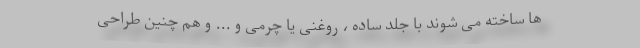
ها ساخته می شوند با جلد ساده ، روغنی یا چرمی و ... و هم چنین طراحی